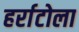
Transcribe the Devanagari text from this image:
हर्राटोला